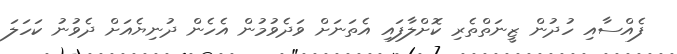
ފެއްސާއި ހުދުން ޒީނަތްތެރި ކޮށްލާފައި އެތަނަށް ވަދެވުމުން އެހެން ދުނިޔެއަށް ދެވުނު ކަހަލަ